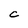
Character: C